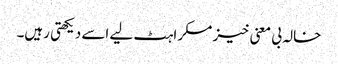
خالہ بی معنی خیز مسکراہٹ لیے اسے دیکھتی رہیں۔